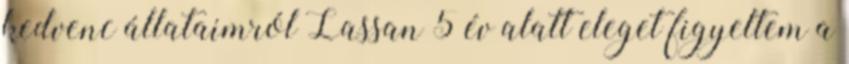
kedvenc állataimról Lassan 5 év alatt eleget figyeltem a